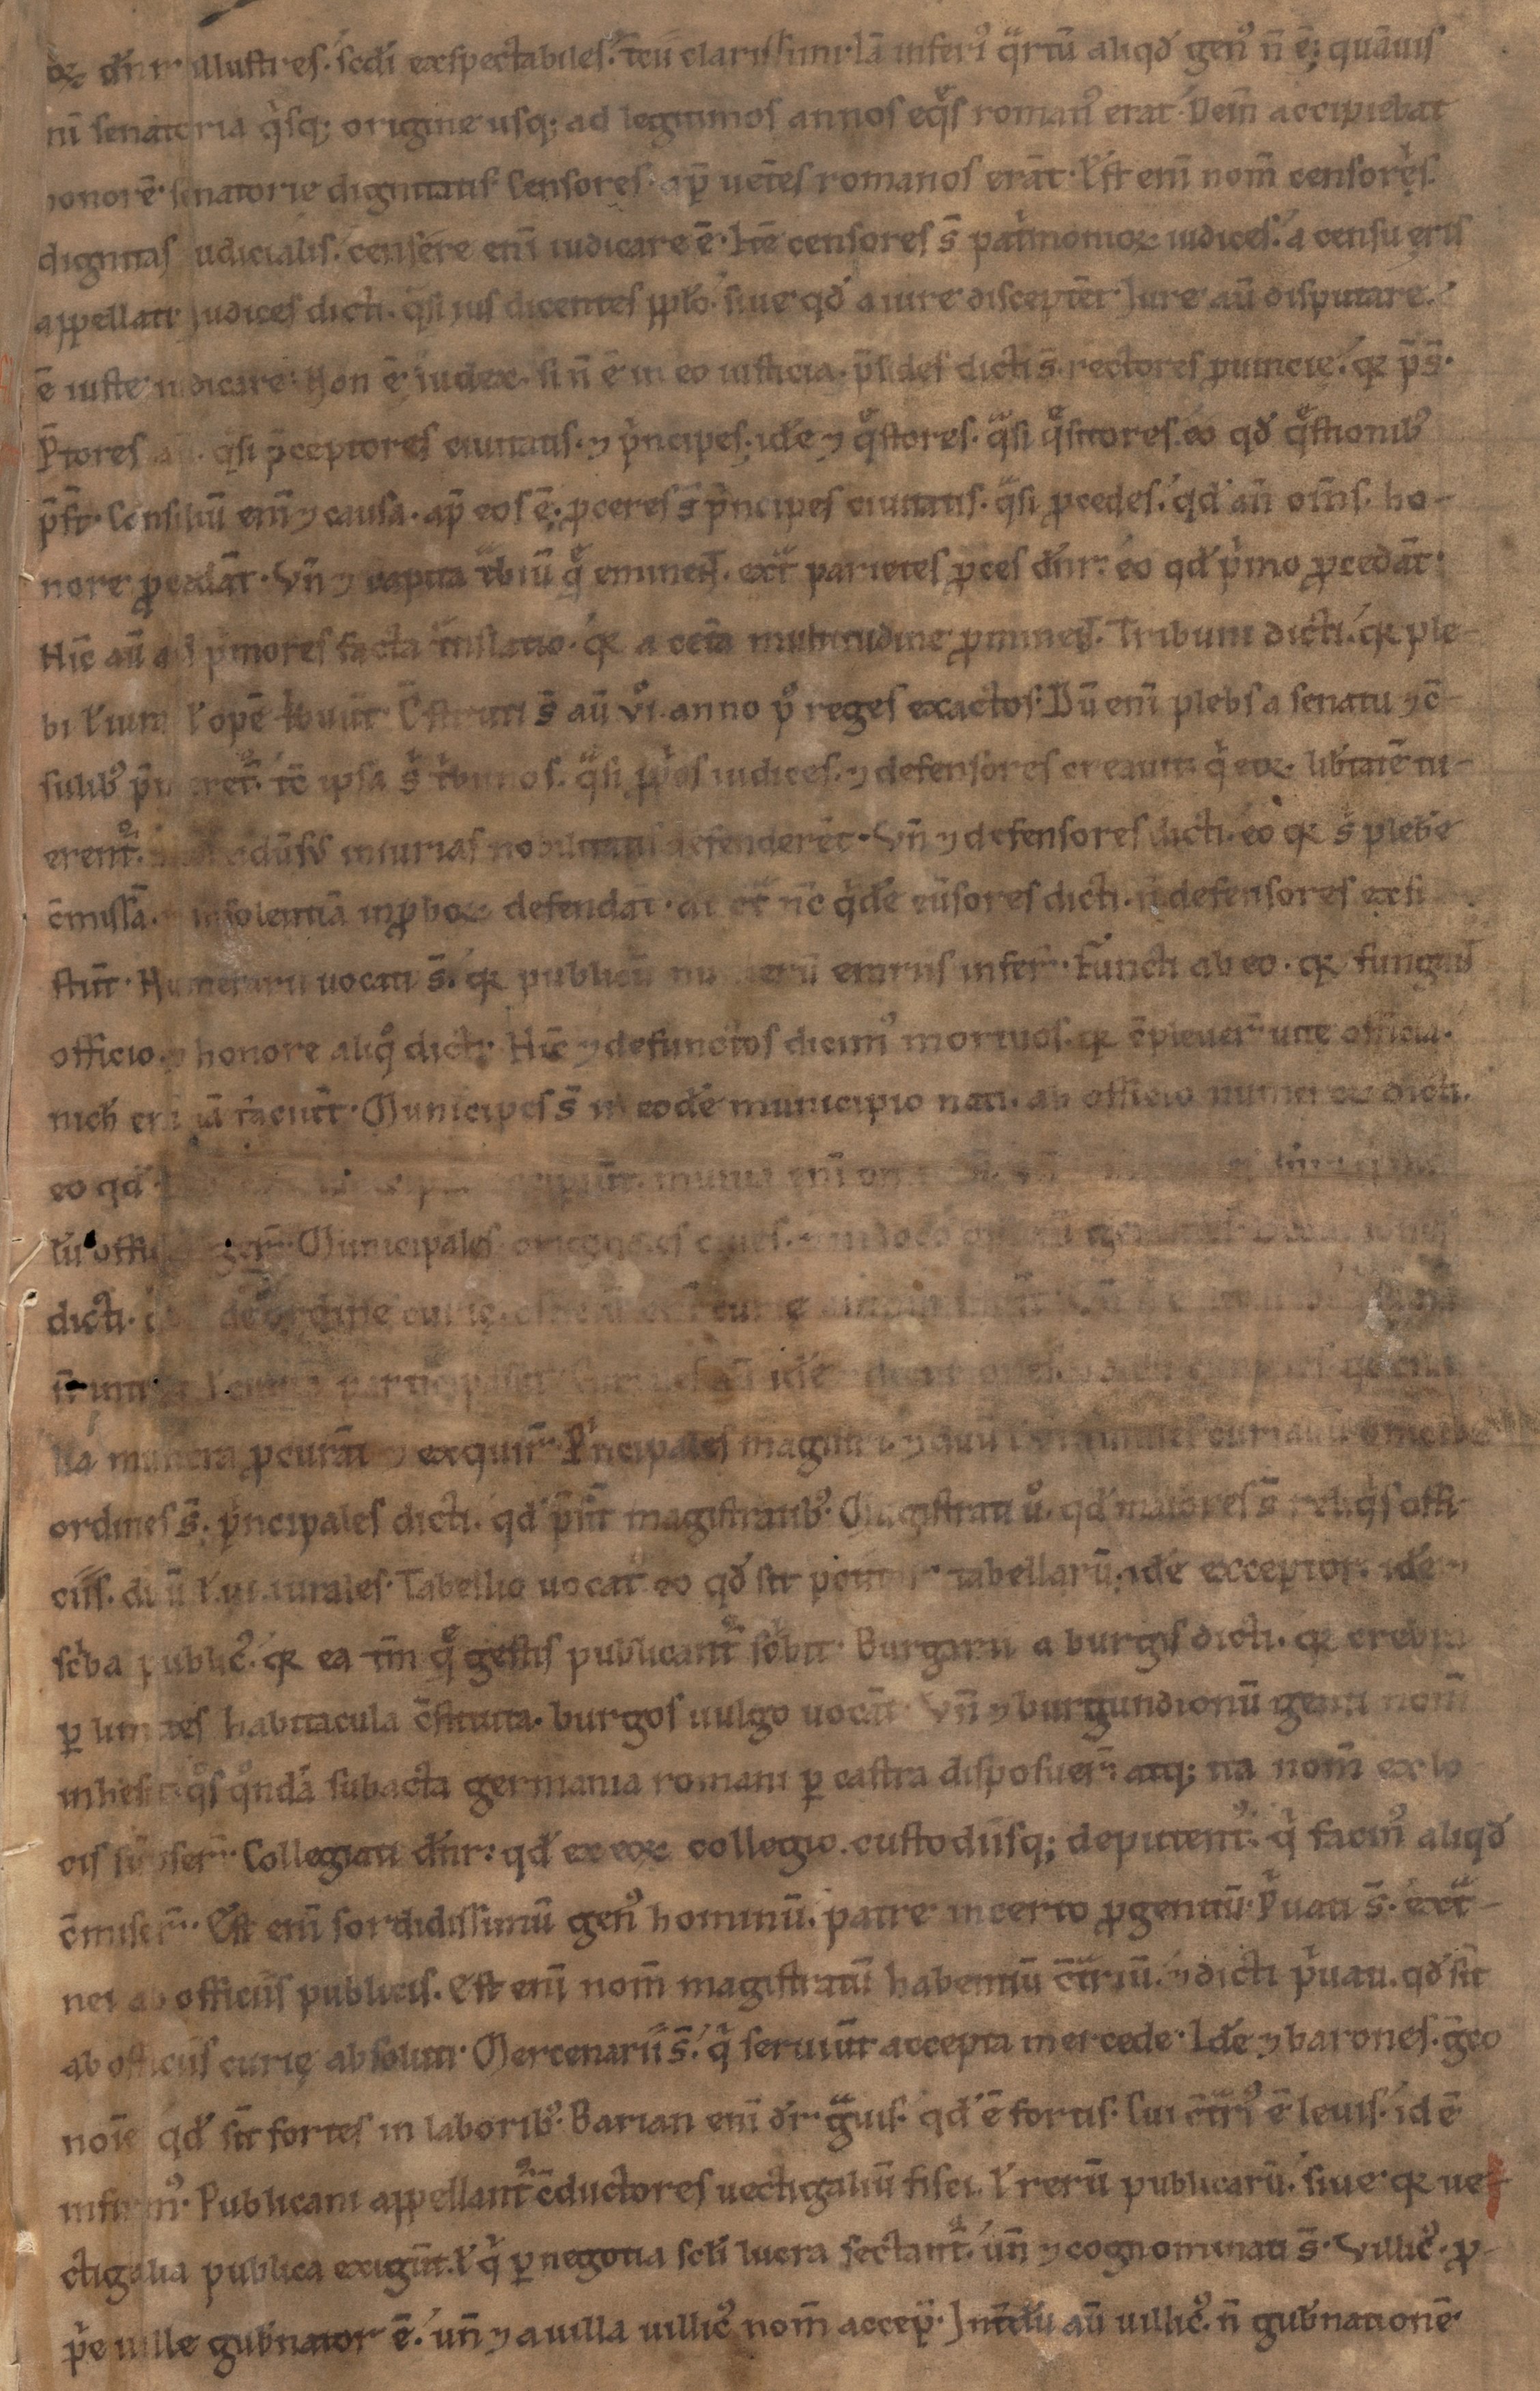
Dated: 1100–1199